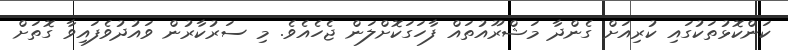
ކަންކޮޅުތަކުގައި ކުރިއަށް ގެންދާ މަޝްރޫއުތައް ފާހަގަކޮށްލަން ޖެހެއެވެ. މި ސަރުކާރުން ވައުދުވެފައިވާ ގޮތަށް